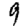
Digit: 9